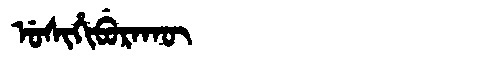
Manchu: ᡠᠰᡳᡥᡳᠪᡠᡵᠠᡴᡡ
Romanization: USIHIBURAKŪ